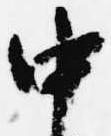
中